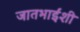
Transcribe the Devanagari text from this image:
जातभाईंशी